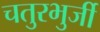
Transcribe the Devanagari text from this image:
चतुरभुर्जी